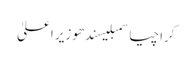
کراچیاسمبلیسندھوزیر اعلیٰ